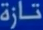
تازة